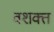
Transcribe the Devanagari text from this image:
वशक्त